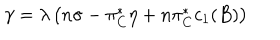
\gamma = \lambda \left( n \sigma - \pi _ { C } ^ { * } \eta + n \pi _ { C } ^ { * } c _ { 1 } ( B ) \right)